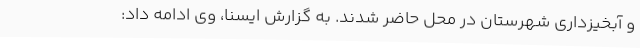
و آبخیزداری شهرستان در محل حاضر شدند. به گزارش ایسنا، وی ادامه داد: